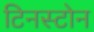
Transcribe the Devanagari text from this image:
टिनस्टोन